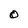
Character: O